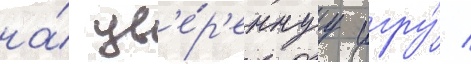
на́ ув'е́р'еннуу игру́ /